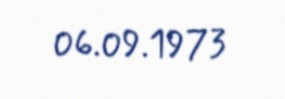
06.09.1973